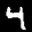
Label: 4